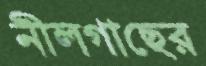
নীলগাছের